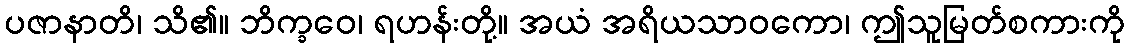
ပဇာနာတိ၊ သိ၏။ ဘိက္ခဝေ၊ ရဟန်းတို့။ အယံ အရိယသာဝကော၊ ဤသူမြတ်စကားကို